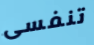
تنفسى